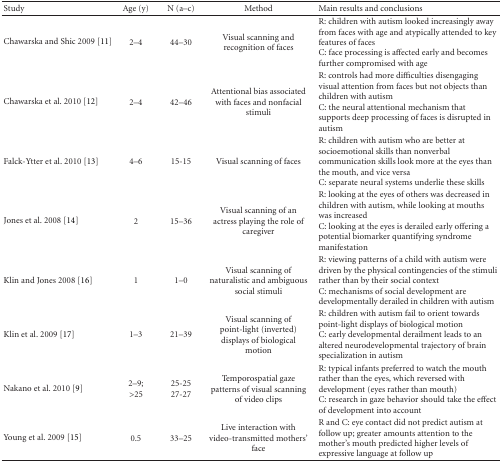
| Study | Age (y) | N (a–c) | Method | Main results and conclusions |
 | --- | --- | --- | --- | --- |
 | Chawarska and Shic 2009 [11] | 2–4 | 44–30 | Visual scanning and recognition of faces | R: children with autism looked increasingly away from faces with age and atypically attended to key features of facesC: face processing is affected early and becomes further compromised with age |
 | Chawarska et al. 2010 [12] | 2–4 | 42–46 | Attentional bias associated with faces and nonfacial stimuli | R: controls had more difficulties disengaging visual attention from faces but not objects than children with autismC: the neural attentional mechanism that supports deep processing of faces is disrupted in autism |
 | Falck-Ytter et al. 2010 [13] | 4–6 | 15-15 | Visual scanning of faces | R: children with autism who are better at socioemotional skills than nonverbal communication skills look more at the eyes than the mouth, and vice versaC: separate neural systems underlie these skills |
 | Jones et al. 2008 [14] | 2 | 15–36 | Visual scanning of an actress playing the role of caregiver | R: looking at the eyes of others was decreased in children with autism, while looking at mouths was increasedC: looking at the eyes is derailed early offering a potential biomarker quantifying syndrome manifestation |
 | Klin and Jones 2008 [16] | 1 | 1–0 | Visual scanning of naturalistic and ambiguous social stimuli | R: viewing patterns of a child with autism were driven by the physical contingencies of the stimuli rather than by their social contextC: mechanisms of social development are developmentally derailed in children with autism |
 | Klin et al. 2009 [17] | 1–3 | 21–39 | Visual scanning of point-light (inverted) displays of biological motion | R: children with autism fail to orient towards point-light displays of biological motion C: early developmental derailment leads to an altered neurodevelopmental trajectory of brain specialization in autism |
 | Nakano et al. 2010 [9] | 2–9; >25 | 25-2527-27 | Temporospatial gaze patterns of visual scanning of video clips | R: typical infants preferred to watch the mouth rather than the eyes, which reversed with development (eyes rather than mouth) C: research in gaze behavior should take the effect of development into account |
 | Young et al. 2009 [15] | 0.5 | 33–25 | Live interaction with video-transmitted mothers' face | R and C: eye contact did not predict autism at follow up; greater amounts attention to the mother's mouth predicted higher levels of expressive language at follow up |